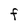
Character: F